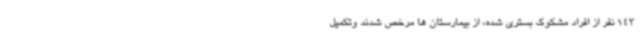
143 نفر از افراد مشکوک بستری شده، از بیمارستان ها مرخص شدند وتکمیل